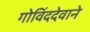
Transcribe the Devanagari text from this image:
गोविंददेवाने